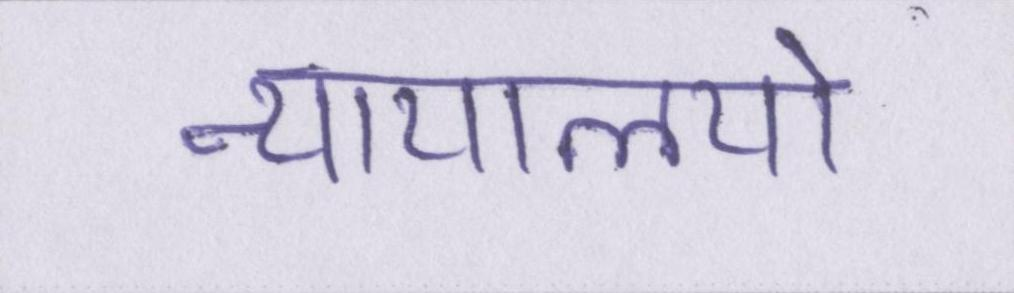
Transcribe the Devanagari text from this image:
न्यायालयो